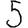
Digit: 5